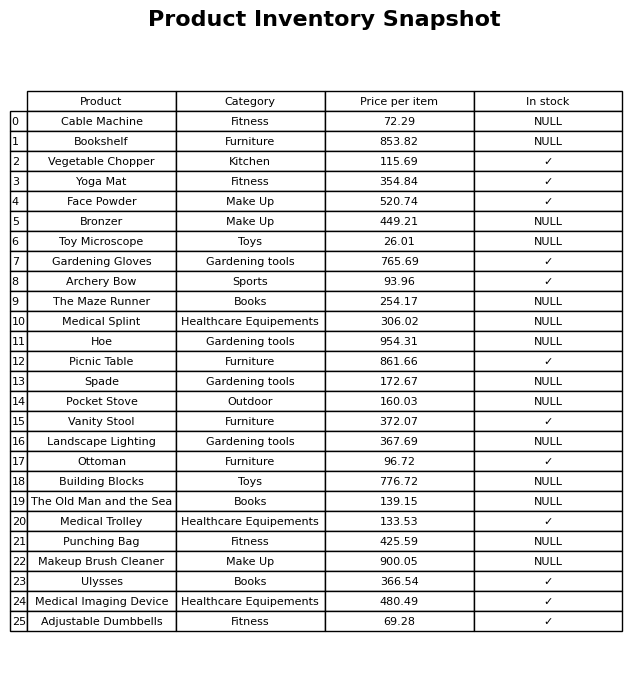
question: What is the price of the Gardening Gloves?
answer: The price of Gardening Gloves is 765.69.